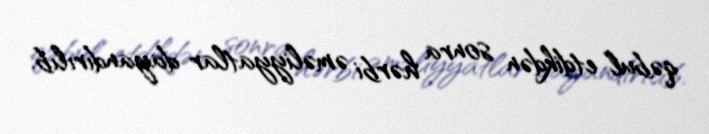
qəbul etdikdən sonra hərbi əməliyyatlar dayandırılıb.